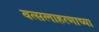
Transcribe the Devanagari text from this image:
वत्सलाहरणाच्या